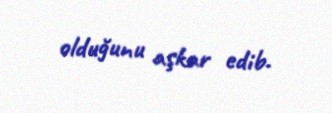
olduğunu aşkar edib.